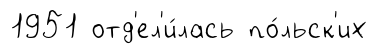
1951 отд'ел'и́лась по́льск'их